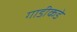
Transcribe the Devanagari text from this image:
गाडीकडे